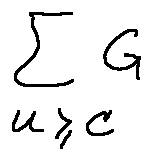
\sum \limits _ { u \geq c } G